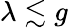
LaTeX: \lambda\lesssim g